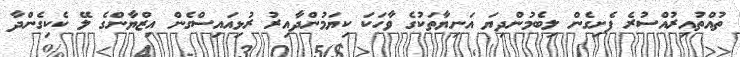
ތުއްތުއިރުއްސުރެ ފެށިގެން ލިބެމުންދިޔަ އަނިޔާތަކުގެ ވާހަކަ ކިޔަމުންދާއިރު ރުޅިއައިސްގެން އިޒްޔާންގެ ލޭ ކެކިގެންދާ